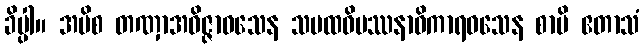
ခိပ္ပါ။ အပိစ တဏှာအဝိဇ္ဇာဝသေန သမထဝိပဿနာဓိကာရဝသေန စာပိ ဧတာသံ